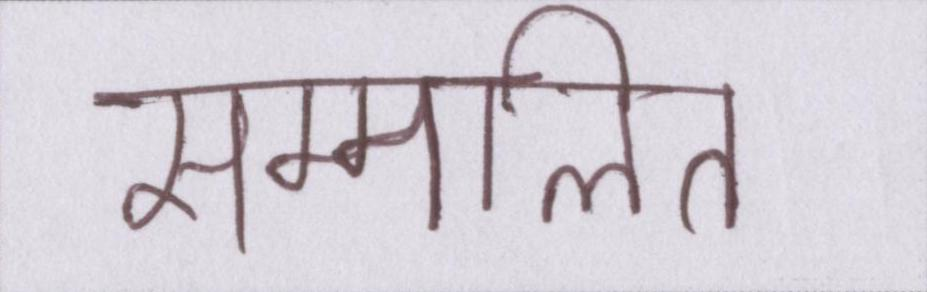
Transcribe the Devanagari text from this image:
सम्मलित